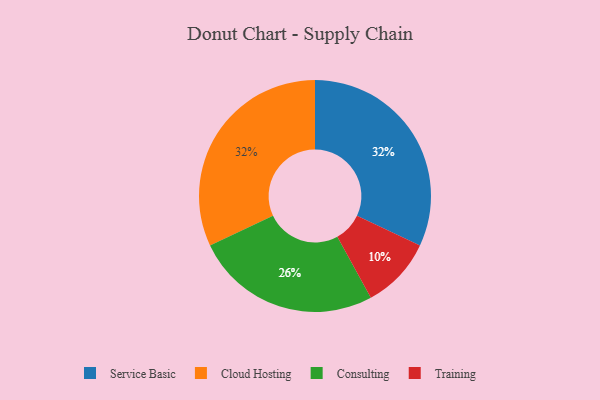
{"axis": {"x": "Category", "y": "Percentage"}, "legend": ["Cloud Hosting", "Consulting", "Service Basic", "Training"], "data": [{"x": "Consulting", "y": 26, "type": "Consulting"}, {"x": "Service Basic", "y": 32, "type": "Service Basic"}, {"x": "Training", "y": 10, "type": "Training"}, {"x": "Cloud Hosting", "y": 32, "type": "Cloud Hosting"}]}